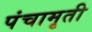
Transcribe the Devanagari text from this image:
पंचामृती